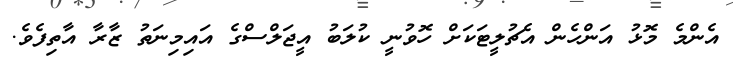
އެންމެ މޮޅު އަންހެން އެޗުލީޓަކަށް ހޮވުނީ ކުލަބު އީޖަލްސްގެ އައިމިނަތު ޒާރާ އާތިފެވެ.